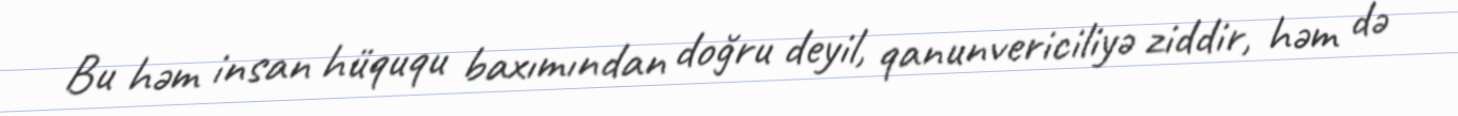
Bu həm insan hüququ baxımından doğru deyil, qanunvericiliyə ziddir, həm də